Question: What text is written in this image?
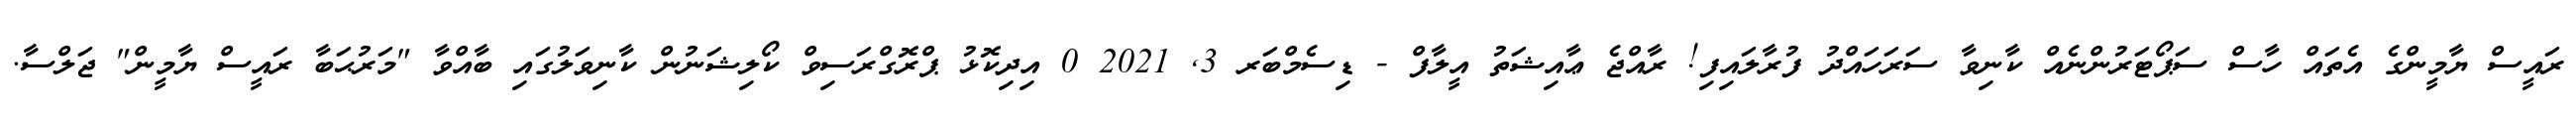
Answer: ރައީސް ޔާމީންގެ އެތައް ހާސް ސަޕޯޓަރުންނެއް ކާނިވާ ސަރަހައްދު ފުރާލައިފި! ރާއްޖެ ޢާއިޝަތު އީލާފް - ޑިސެމްބަރ 3, 2021 0 އިދިކޮޅު ޕްރޮގްރަސިވް ކޯލިޝަނުން ކާނިވަލުގައި ބާއްވާ "މަރުޙަބާ ރައީސް ޔާމީން" ޖަލްސާ.